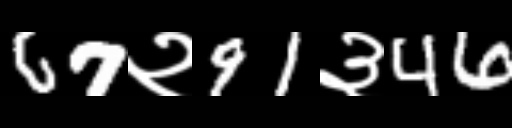
Text: 67२91३46